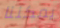
يمكننا